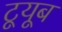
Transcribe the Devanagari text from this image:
टूयूब